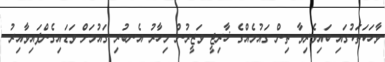
ވާހަކަތަކުގައި ބައިވެރިވާ ތިން ގައުމެއްގެ ޚާރިޖީ ވަޒީރުން މިހާރު އެނބުރި ގައުމަށް ވަޑައިގެންފައިވާއިރު